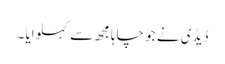
ڈیڈی نے جو چاہا مجھ سے کہلوایا ۔